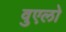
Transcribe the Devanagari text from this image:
वुएलो